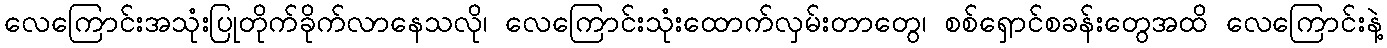
လေကြောင်းအသုံးပြုတိုက်ခိုက်လာနေသလို၊ လေကြောင်းသုံးထောက်လှမ်းတာတွေ၊ စစ်ရှောင်စခန်းတွေအထိ လေကြောင်းနဲ့